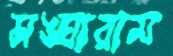
সঙ্ঘারাম